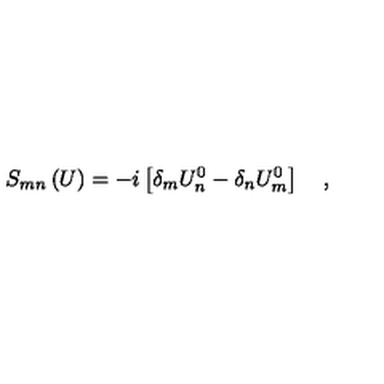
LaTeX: S _ { m n } \left( U \right) = - i \left[ \delta _ { m } U _ { n } ^ { 0 } - \delta _ { n } U _ { m } ^ { 0 } \right] \quad ,